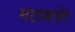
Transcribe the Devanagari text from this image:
मठाबाहेर